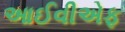
આઈવીએફ